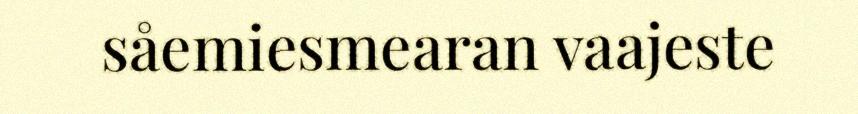
såemiesmearan vaajeste